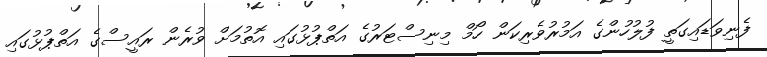
ފެނިވަޑައިގަތީ ފުލުހުންގެ އަމުރުވެރިކަން ހޯމް މިނިސްޓަރުގެ އަތްޕުޅުގައި އޮތުމަށް ވުރެން ރައީސްގެ އަތްޕުޅުގައި